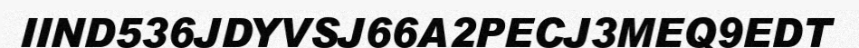
IIND536JDYVSJ66A2PECJ3MEQ9EDT